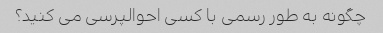
چگونه به طور رسمی با کسی احوالپرسی می کنید؟